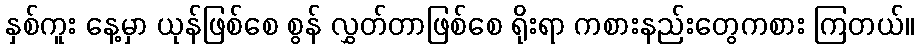
နှစ်ကူး နေ့မှာ ယုန်ဖြစ်စေ စွန် လွှတ်တာဖြစ်စေ ရိုးရာ ကစားနည်းတွေကစား ကြတယ်။